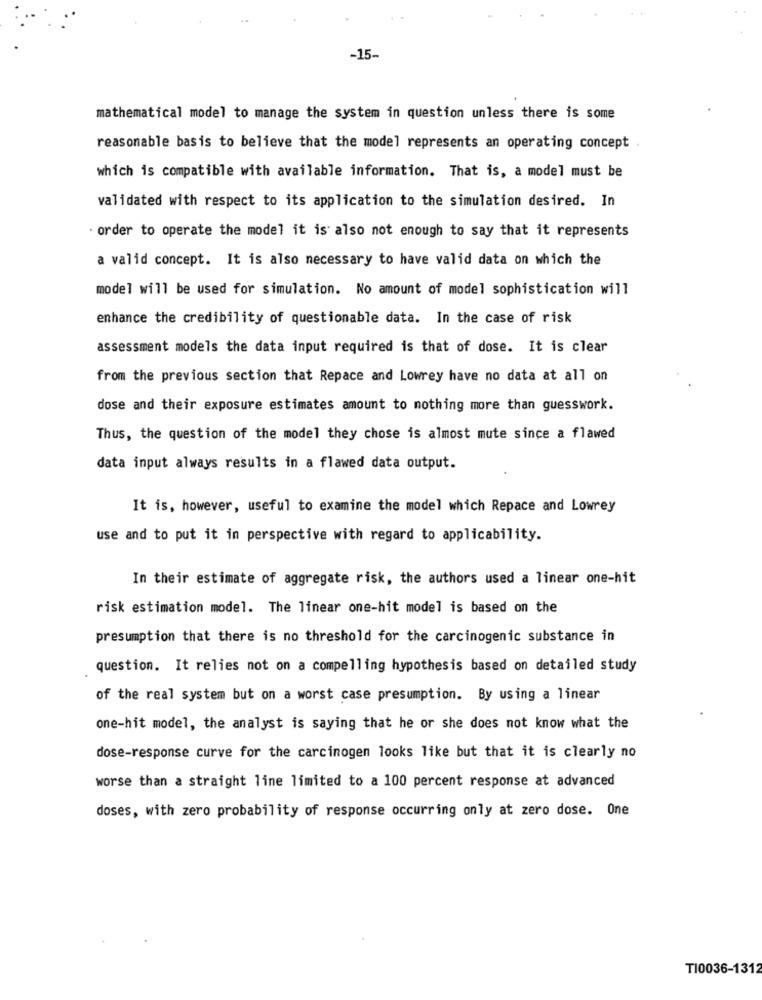
-15-
mathematical model to manage the system in question unless there is some
reasonable basis to believe that the model represents an operating concept
which is compatible with available information. That is, a model must be
validated with respect to its application to the simulation desired. In
order to operate the model it is also not enough to say that it represents
a valid concept. It is also necessary to have valid data on which the
model will be used for simulation. No amount of model sophistication will
enhance the credibility of questionable data. In the case of risk
assessment models the data input required is that of dose. It is clear
from the previous section that Repace and Lowrey have no data at all on
dose and their exposure estimates amount to nothing more than guesswork.
Thus, the question of the model they chose is almost mute since a flawed
data input always results in a flawed data output.
It is, however, useful to examine the model which Repace and Lowrey
use and to put it in perspective with regard to applicability.
In their estimate of aggregate risk, the authors used a linear one-hit
risk estimation model. The linear one-hit model is based on the
presumption that there is no threshold for the carcinogenic substance in
question. It relies not on a compelling hypothesis based on detailed study
of the real system but on a worst case presumption. By using a linear
one-hit model, the analyst is saying that he or she does not know what the
dose-response curve for the carcinogen looks like but that it is clearly no
worse than a straight line limited to a 100 percent response at advanced
doses, with zero probability of response occurring only at zero dose. One
TI0036-1312